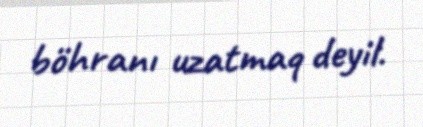
böhranı uzatmaq deyil.